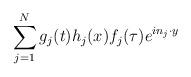
LaTeX: \begin{align*}\sum_{j=1}^Ng_j(t) h_j(x) f_j(\tau) e^{i n_j\cdot y}\end{align*}